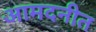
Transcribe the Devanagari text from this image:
आमदनीत